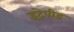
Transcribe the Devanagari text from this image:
इंट्रेपीड